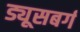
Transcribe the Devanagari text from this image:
ड्यूसबर्ग